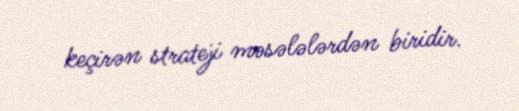
keçirən strateji məsələlərdən biridir.